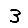
Digit: 3